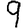
Digit: 9